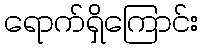
ရောက်ရှိကြောင်း